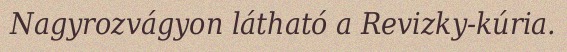
Nagyrozvágyon látható a Revizky-kúria.